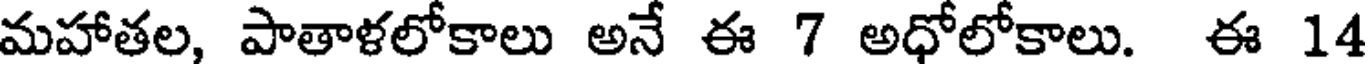
మహాతల, పాతాళలోకాలు అనే ఈ 7 అధోలోకాలు. ఈ 14